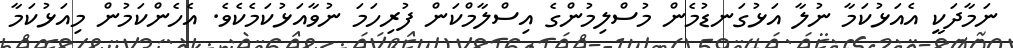
ނަމާދަކީ އެއަޅުކަމާ ނުލާ އަޅުގަނޑުމެން މުސްލިމުންގެ އިސްލާމްކަން ފުރިހަމަ ނުވާއަޅުކަމެކެވެ. އެހެންކަމުން މިއަޅުކަމާ